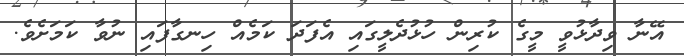
އޭނާ ވިދާޅުވީ މީގެ ކުރިން ހުޅުދެލީގައި އެފަދަ ކަމެއް ހިނގާފައި ނުވާ ކަމަށެވެ.